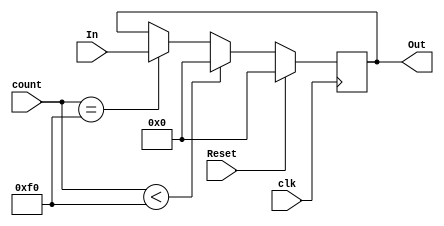
`timescale 1ns / 1ps

module Register(
    input [0:15] In,
    input clk,
    input [0:7] count,
    input Reset,
    output reg [0:15] Out 
);

    always@( posedge clk )begin
        
        if( Reset )begin
            Out = 16'd0;
        end

        else begin
            if( count < 8'd240 )begin
                Out <= 16'd0;
            end
            else if( count == 8'd240)begin
                Out <= In;
            end
            else begin
                Out <= Out;
            end
        end

    end

endmodule